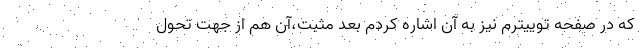
که در صفحه توییترم نیز به آن اشاره کردم بعد مثبت،آن هم از جهت تحول